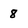
Character: 8